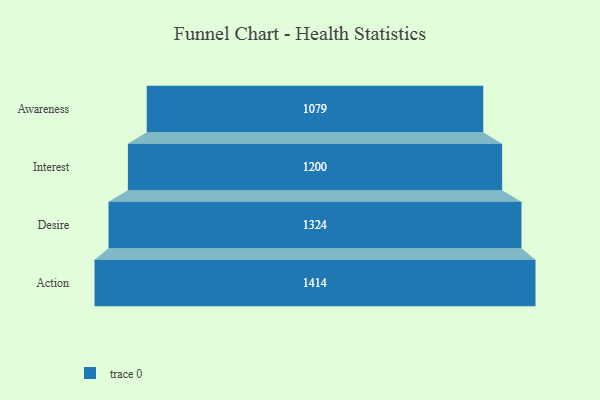
{"axis": {"x": "Stage", "y": "Value"}, "legend": [""], "data": [{"x": "Awareness", "y": 1079.0, "type": ""}, {"x": "Interest", "y": 1200.0, "type": ""}, {"x": "Desire", "y": 1324.0, "type": ""}, {"x": "Action", "y": 1414.0, "type": ""}]}